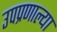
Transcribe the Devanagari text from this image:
उपप्रणाल्या